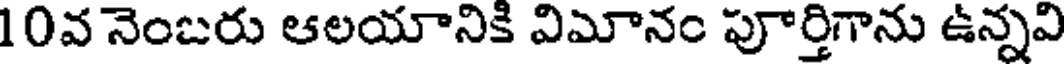
10వ నెంబరు ఆలయానికి విమానం పూర్తిగాను ఉన్నవి